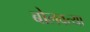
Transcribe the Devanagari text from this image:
बोलवत्या